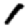
Digit: 1